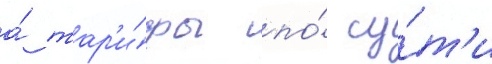
а́ тар'и́фы по́ су́т'и